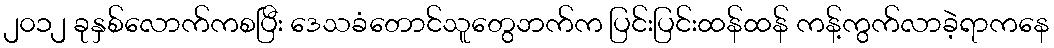
၂၀၁၂ ခုနှစ်လောက်ကစပြီး ဒေသခံတောင်သူတွေဘက်က ပြင်းပြင်းထန်ထန် ကန့်ကွက်လာခဲ့ရာကနေ